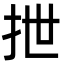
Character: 抴